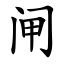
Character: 闸